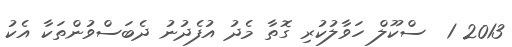
2013 1  ސްކޫލް ހަވާލުކުރި ގޮތާ މެދު އުފެދުނު ދެބަސްވުންތަކާ އެކު